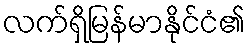
လက်ရှိမြန်မာနိုင်ငံ၏